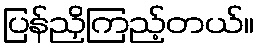
ပြန်ညှိကြည့်တယ်။